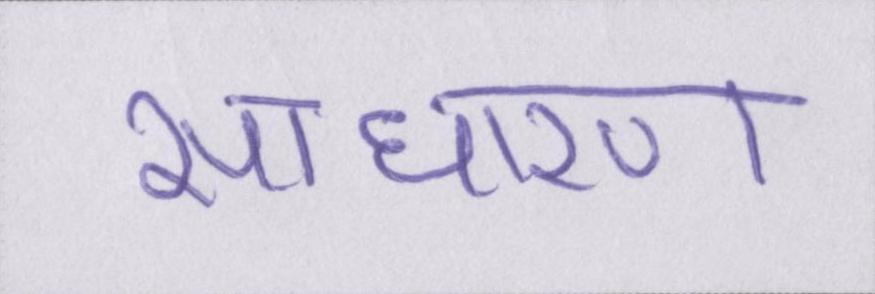
साधारण